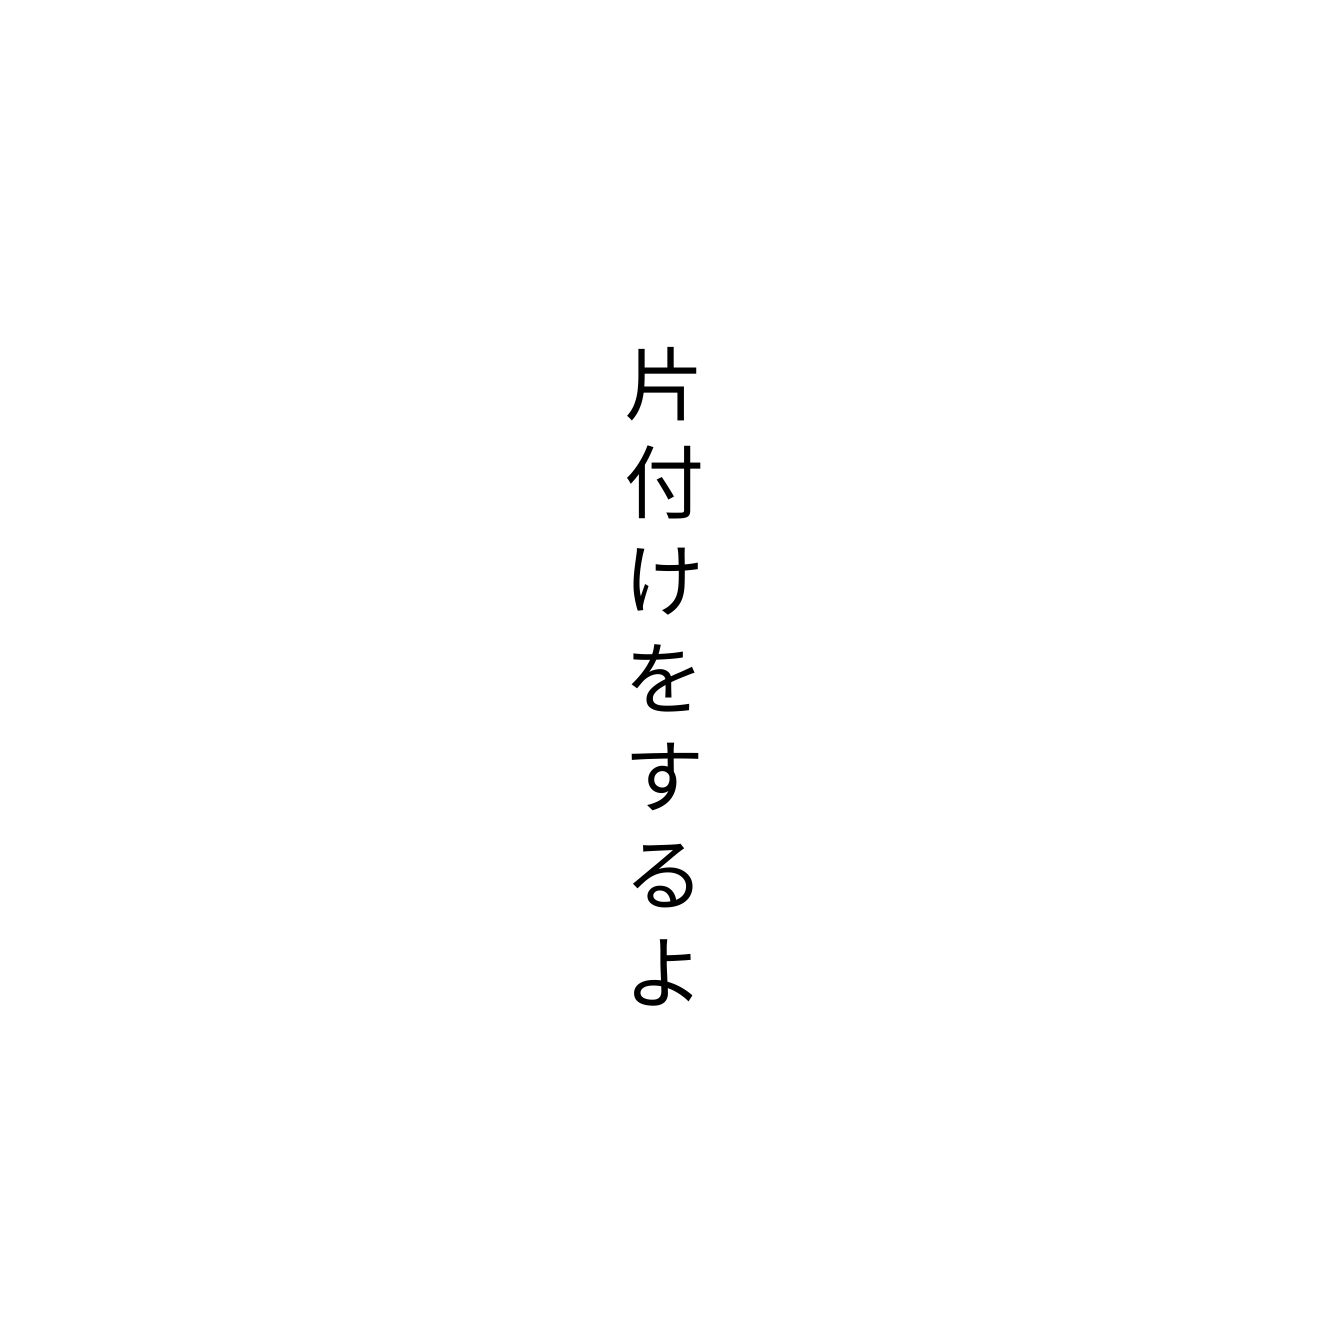
片付けをするよ